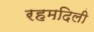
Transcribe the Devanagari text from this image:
रहमदिली